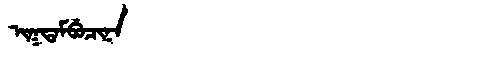
Manchu: ᡳᡴᡨᠠᠮᠪᡠᠴᡳᠨᠠ
Romanization: IKTAMBUCINA